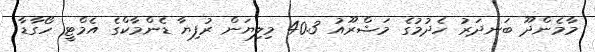
މާމެންދޫ ބަނދަރު ހެދުމުގެ މަޝްރޫއު 40.3 މިލިޔަން ރުފިޔާ ޑެންމާކްގެ އެމްޓީ ހޯގާޑާ